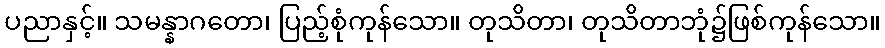
ပညာနှင့်။ သမန္နာဂတော၊ ပြည့်စုံကုန်သော။ တုသိတာ၊ တုသိတာဘုံ၌ဖြစ်ကုန်သော။